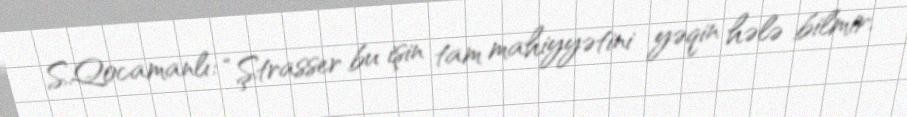
S.Qocamanlı: “Ştrasser bu işin tam mahiyyətini yəqin hələ bilmir.